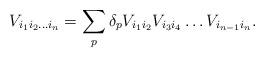
LaTeX: \begin{align*}V_{i_1i_2\ldots i_n}=\sum_p\delta_p V_{i_1i_2}V_{i_3i_4}\ldots V_{i_{n-1}i_n}.\end{align*}